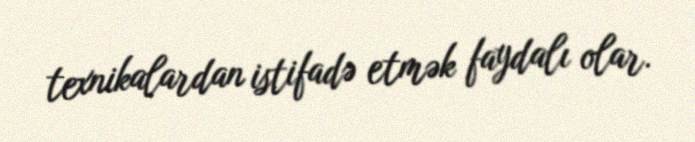
texnikalardan istifadə etmək faydalı olar.